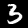
Digit: 3